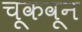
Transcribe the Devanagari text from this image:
चूकवून